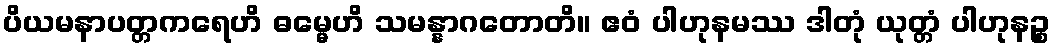
ပိယမနာပတ္တကရေဟိ ဓမ္မေဟိ သမန္နာဂတောတိ။ ဧဝံ ပါဟုနမဿ ဒါတုံ ယုတ္တံ ပါဟုနဉ္စ